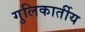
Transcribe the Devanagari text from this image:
गुलिकार्तीय